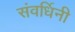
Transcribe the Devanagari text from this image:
संवर्धिनी